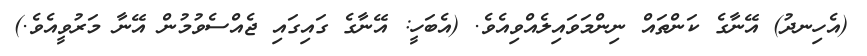
(އެހިނދު) އޭނާގެ ކަންތައް ނިންމަވައިލެއްވިއެވެ. (އެބަހީ: އޭނާގެ ގައިގައި ޖެއްސެވުމުން އޭނާ މަރުވީއެވެ.)